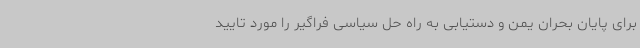
برای پایان بحران یمن و دستیابی به راه حل سیاسی فراگیر را مورد تایید